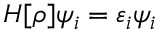
\begin{array} { r } { H [ \rho ] \psi _ { i } = \varepsilon _ { i } \psi _ { i } } \end{array}